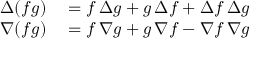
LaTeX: \begin{array} { r l } { \Delta ( f g ) } & { { } = f \, \Delta g + g \, \Delta f + \Delta f \, \Delta g } \\ { \nabla ( f g ) } & { { } = f \, \nabla g + g \, \nabla f - \nabla f \, \nabla g } \end{array}